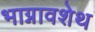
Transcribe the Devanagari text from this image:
भाग्नावशेथ